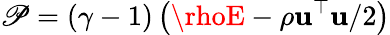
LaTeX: \mathscr{P}=(\gamma-1)\left(\rhoE-\rho\mathbf{{u}}^{\top}\mathbf{{u}}/2\right)